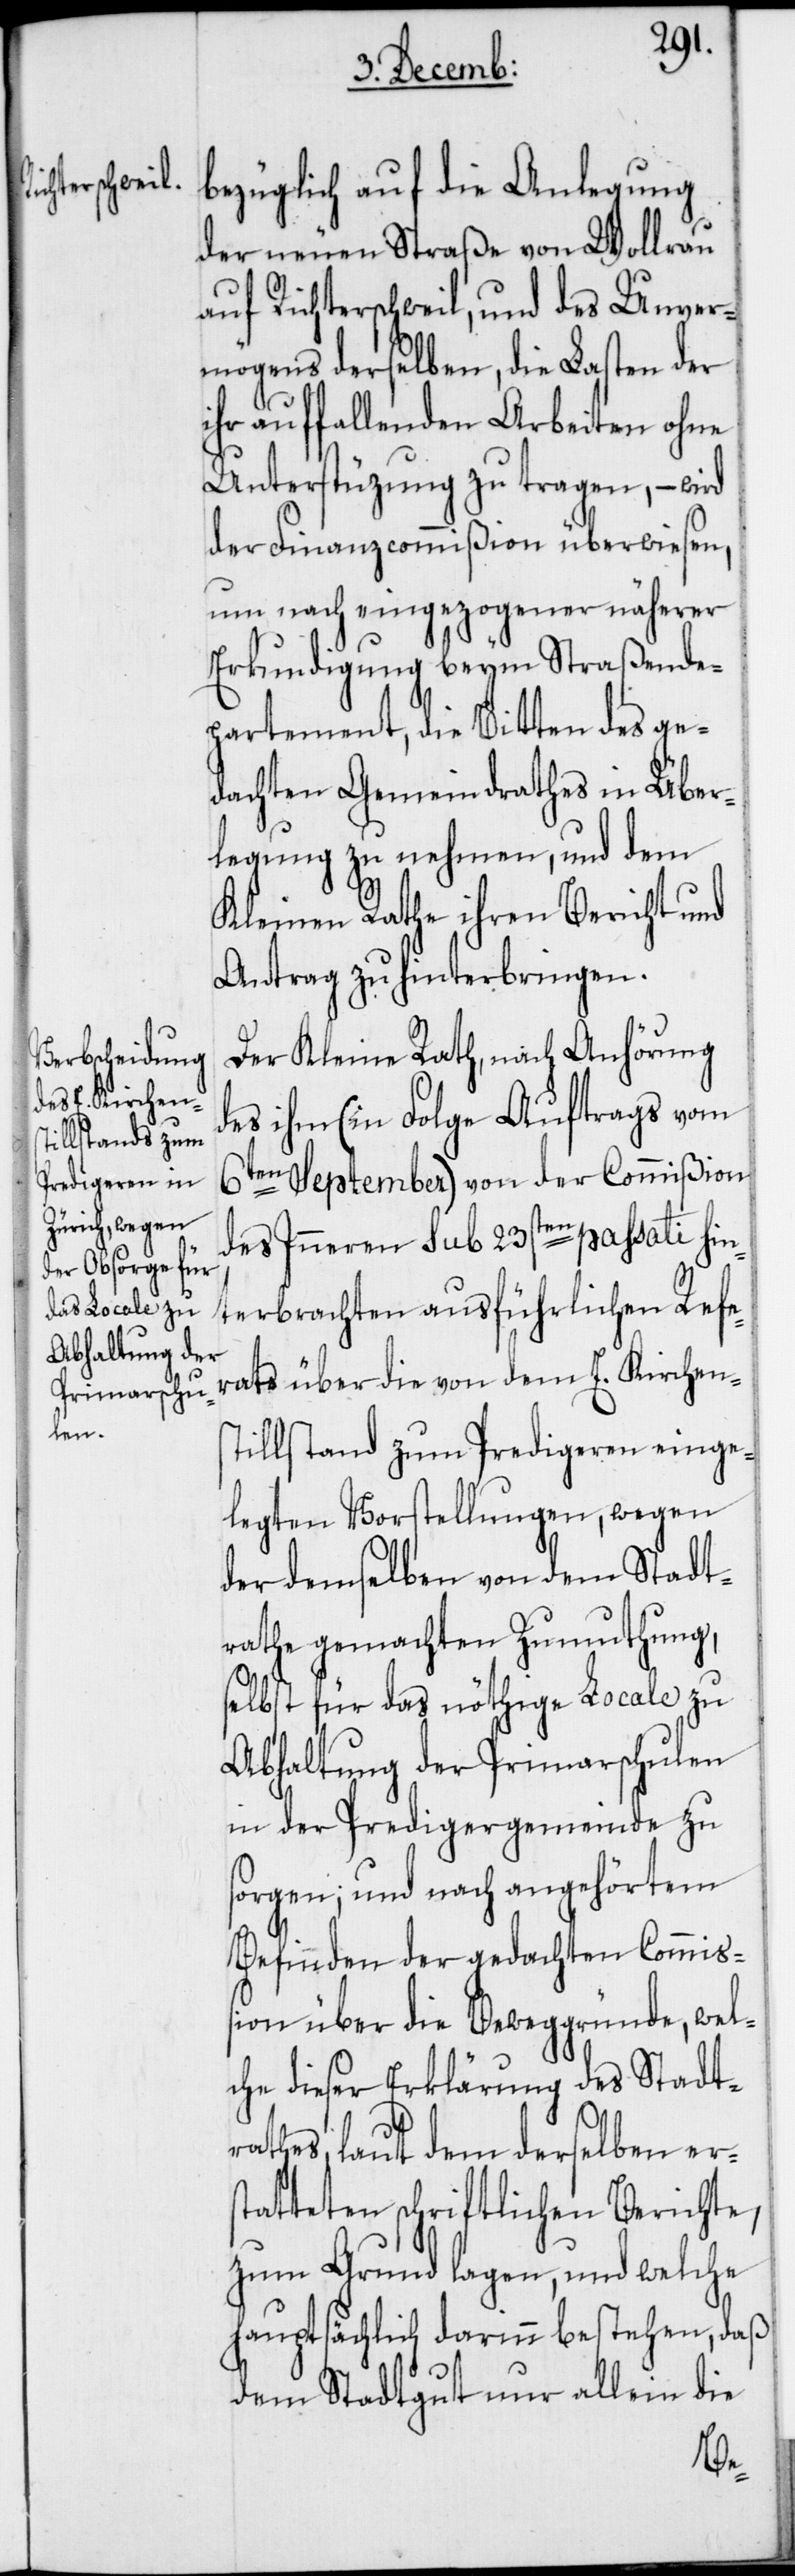
bezüglich auf die Anlegung
der neuen Straße von Wollrau
auf Richterschweil, und des Unver¬
mögens derselben, die Lasten der
ihr auffallenden Arbeiten ohne
Unterstüzung zu tragen, – wird
der Finanzcommißion überwiesen,
um nach eingezogener näherer
Erkundigung beym Straßende¬
partement, die Bitten des ge¬
dachten Gemeindrathes in Über¬
legung zu nehmen, und dem
Kleinen Rathe ihren Bericht und
Antrag zu hinterbringen.
Der Kleine Rath, nach Anhörung
des ihm (in Folge Auftrags vom
6ten September) von der Commißion
des Inneren sub 23sten passati hin¬
terbrachten ausführlichen Refe¬
rats über die von dem E. Kirchens¬
tillstand zum Predigeren einge¬
legten Vorstellungen, wegen
der demselben von dem Stadt¬
rathe gemachten Zumuthung,
selbst für das nöthige Locale zu
Abhaltung der Primarschulen
in der Predigergemeinde zu
sorgen; und nach angehörtem
Befinden der gedachten Commiß¬
ion über die Beweggründe, wel¬
che dieser Erklärung des Stadt¬
rathes, laut dem derselben ers¬
tatteten schriftlichen Berichte,
zum Grund lagen, und welche
hauptsächlich darinn bestehen, daß
dem Stadtgut nur allein die